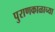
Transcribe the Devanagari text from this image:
पुराणकाळाच्या